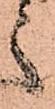
之